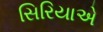
સિરિયાએ